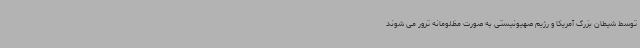
توسط شیطان بزرگ آمریکا و رژیم صهیونیستی به صورت مظلومانه ترور می شوند